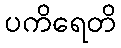
ပကိရေတိ